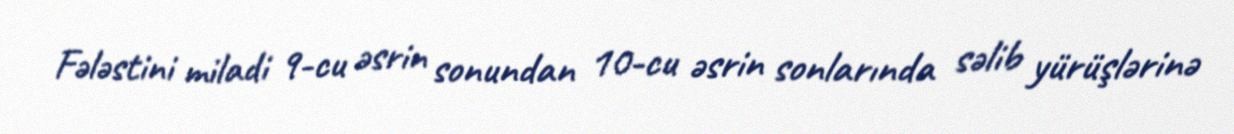
Fələstini miladi 9-cu əsrin sonundan 10-cu əsrin sonlarında səlib yürüşlərinə